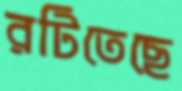
রটিতেছে